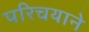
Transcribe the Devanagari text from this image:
परिचयाने